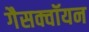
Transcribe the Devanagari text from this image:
गैसक्वॉयन